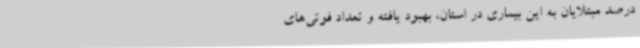
درصد مبتلایان به این بیماری در استان، بهبود یافته و تعداد فوتی‌های